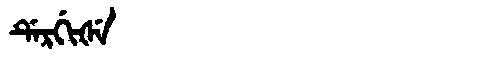
Manchu: ᡩᡝᡵᡤᡳᡧᡝ
Romanization: DERGIŠE